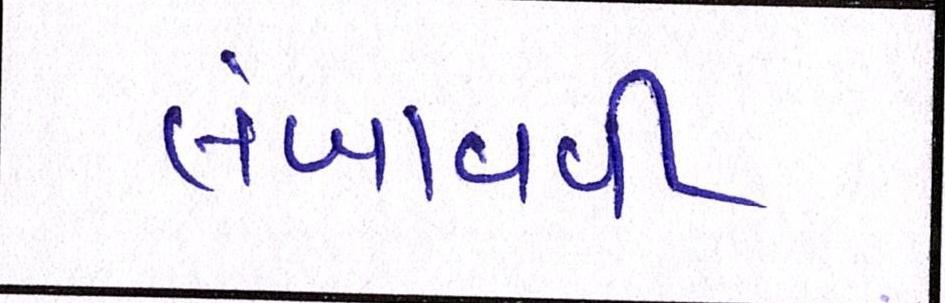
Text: લંબાવવી